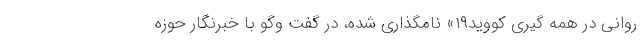
روانی در همه گیری کووید۱۹» نامگذاری شده، در گفت وگو با خبرنگار حوزه